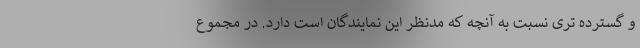
و گسترده تری نسبت به آنچه که مدنظر این نمایندگان است دارد. در مجموع